Civil Veterinary Dept. Bombay admin report 1907-1913 - 1907-1913
Year: 1907
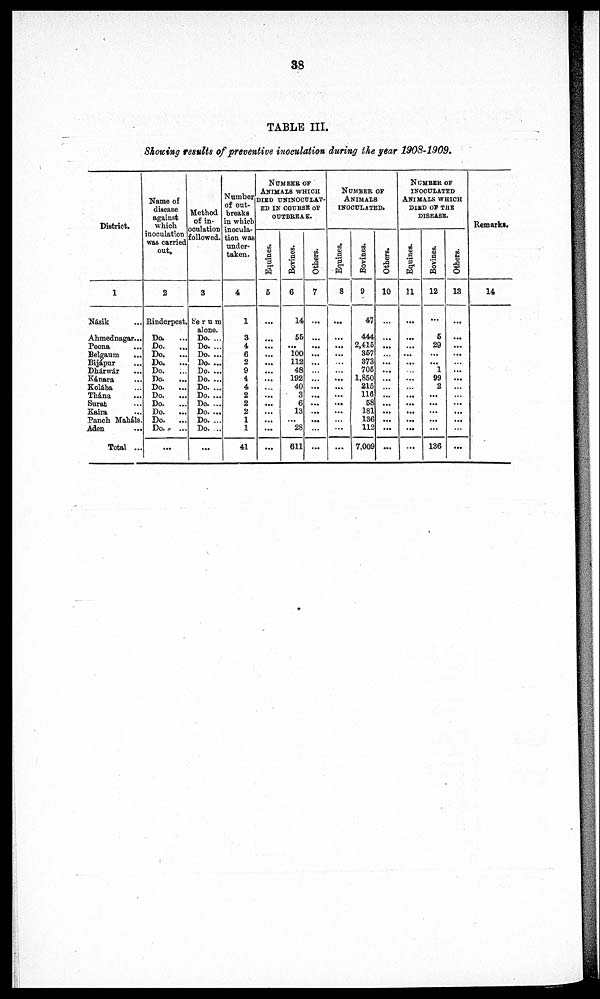
38
TABLE III.
Showing results of preventive inoculation during the year 1908-1909.
District.
1
Násik ...
Ahmednagar...
Poona
...
Belgaum ...
Bijápur ...
Dhárwár ...
Kánara ...
Kolába ...
Thána ...
Surat ...
Kaira
Panch Maháls.
Aden
...
Total ...
Name of
disease
against
which
inoculation
was carried
out.
2
Rinderpest.
Do. ...
Do.
...
Do.
...
Do.
...
Do.
Do.
Do.
...
Do.
Do.
...
Do.
...
Do.
...
Do.
...
...
Method
of in-
oculation
followed.
3
Serum
alone.
Do. ...
Do. ...
Do. ...
Do. ...
Do. ...
Do. ...
Do. ...
Do. ...
Do. ...
Do. ...
Do. ...
Do. ...
...
Number
of out-
breaks
in which
inocula-
tion was
under-
taken.
4
1
3
4
6
2
9
4
4
2
2
2
1
1
41
NUMBER OF
ANIMALS WHICH
DIED UNINOCULAT-
ED IN COURSE OF
OUTBREAK.
Equines.
5
...
...
...
...
...
...
...
...
...
...
...
...
...
...
Bovines.
6
14
55
...
100
112
48
192
40
3
6
13
...
28
611
Others.
7
...
...
...
...
...
...
...
...
...
...
...
...
...
NUMBER OF
ANIMALS
INOCULATED.
Equines.
8
...
...
...
...
...
...
...
...
...
...
...
...
...
Bovines.
9
47
444
2,415
357
373
705
1,850
215
116
58
181
136
112
7,009
Others.
10
...
...
...
...
...
...
...
...
...
...
...
...
...
NUMBER OF
INOCULATED
ANIMALS WHICH
DIED OF THE
DISEASE.
Equines.
11
...
...
...
...
...
...
...
...
...
...
...
...
...
Bovines.
12
...
5
29
...
...
1
99
2
...
...
...
...
...
136
Others.
13
...
...
...
...
...
...
...
...
...
...
...
...
...
Remarks.
14